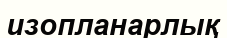
изопланарлық